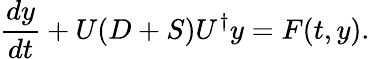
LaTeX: \frac{dy}{dt}+U(D+S)U^{\dagger}y=F(t,y).